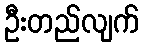
ဦးတည်လျက်